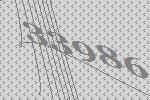
33986